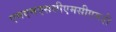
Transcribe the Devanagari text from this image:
एमएमएससीएमसीएमडी